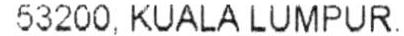
53200, KUALA LUMPUR.